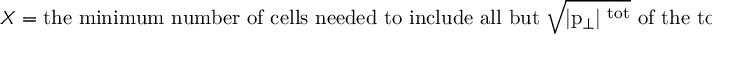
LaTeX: X = \mathrm { t h e ~ m i n i m u m ~ n u m b e r ~ o f ~ c e l l s ~ n e e d e d ~ t o ~ i n c l u d e ~ a l l ~ b u t ~ \sqrt { | p _ { \perp } | ^ { \mathrm { ~ t o t } } } ~ o f ~ t h e ~ t o t a l ~ | p _ { \perp } | ^ { \mathrm { ~ t o t } } ~ } ,